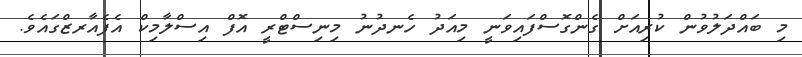
މި ބައްދަލުވުން ކުރިއަށް ގެންގޮސްފައިވަނީ މިއަދު ހެނދުނު މިނިސްޓްރީ އޮފް އިސްލާމިކް އެފެއާރޒްގައެވެ.